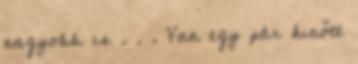
nagyobb is . . . Van egy pár kinőtt